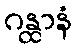
ဂန္ထာနံ